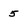
Character: 5